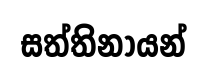
සත්තිනායන්